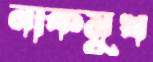
নাকমুখ